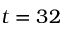
t = 3 2